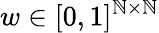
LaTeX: w\in[0,1]^{\mathbb{N}\times\mathbb{N}}